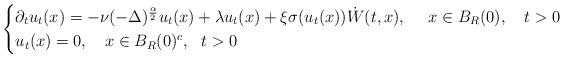
LaTeX: \begin{align*} \begin{cases} \partial_t u_t(x)= -{\nu}(-\Delta)^{\frac{\alpha}{2}} u_t(x)+\lambda u_t(x)+ \xi\sigma (u_t(x)) \dot W(t,x), \ \ \ \ x\in B_R(0), \ \ \ t>0\\ u_t(x)= 0, \ \ \ x\in B_R(0)^{c}, \ \ t>0 \end{cases} \end{align*}